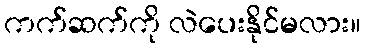
ကက်ဆက်ကို လဲပေးနိုင်မလား။